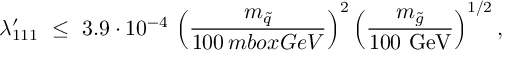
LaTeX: \lambda _ { 1 1 1 } ^ { \prime } \ \le \ 3 . 9 \cdot 1 0 ^ { - 4 } \, \left( \frac { m _ { \tilde { q } } } { 1 0 0 \, m b o x { G e V } } \right) ^ { 2 } \left( \frac { m _ { \tilde { g } } } { 1 0 0 \ \mathrm { G e V } } \right) ^ { 1 / 2 } ,